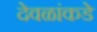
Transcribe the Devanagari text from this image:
देवळांकडे